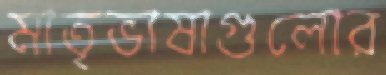
মাতৃভাষাগুলোর